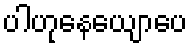
ပါဟုနေယျောပေ